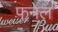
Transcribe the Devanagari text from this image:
फनेल